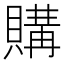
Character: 購